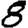
Digit: 8